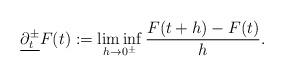
LaTeX: \begin{align*}\underline{\partial_t^{\pm}} F(t) := \liminf_{h \to 0^\pm} \frac{F(t+h) - F(t)}{h}. \end{align*}